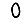
Digit: 0